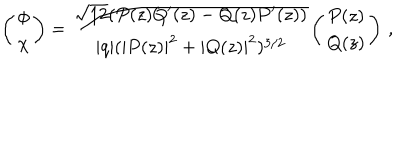
\left( \begin{array} { c } { { \phi } } \\ { { \chi } } \\ \end{array} \right) = \frac { \sqrt { 1 2 } ( P ( z ) Q ^ { \prime } ( z ) - Q ( z ) P ^ { \prime } ( z ) ) } { | q | ( | P ( z ) | ^ { 2 } + | Q ( z ) | ^ { 2 } ) ^ { 3 / 2 } } \left( \begin{array} { c } { { P ( z ) } } \\ { { Q ( z ) } } \\ \end{array} \right) \, ,